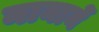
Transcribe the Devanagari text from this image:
मानानें